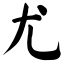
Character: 尤